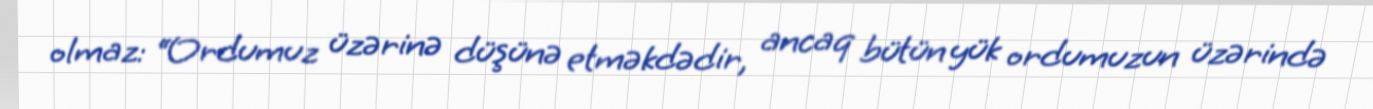
olmaz: “Ordumuz üzərinə düşünə etməkdədir, ancaq bütün yük ordumuzun üzərində